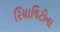
રિયાલિટીના